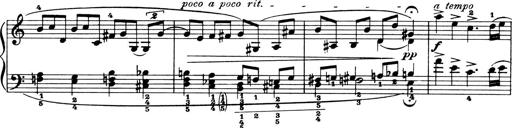
Title: 4 Sonatines
Composer: Max Reger